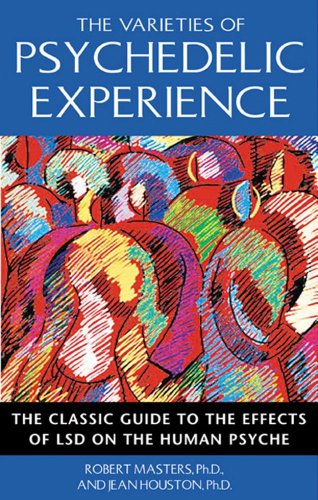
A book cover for The Varieties of Psychedelic Experience: The Classic Guide to the Effects of LSD on the Human Psyche; Robert Masters Ph.D.; Medical Books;